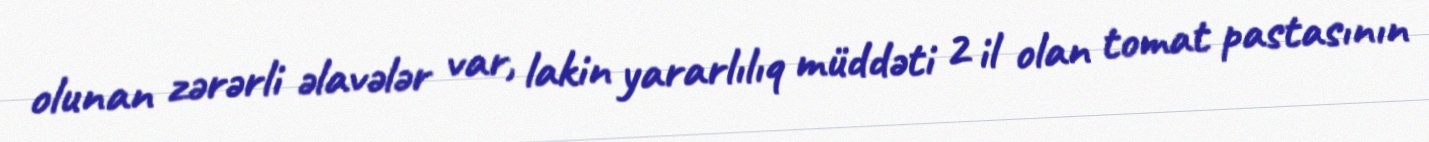
olunan zərərli əlavələr var, lakin yararlılıq müddəti 2 il olan tomat pastasının